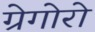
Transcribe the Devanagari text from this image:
ग्रेगोरो